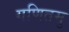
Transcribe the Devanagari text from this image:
गणितमु